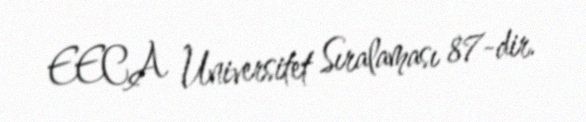
EECA Universitet Sıralaması 87-dir.